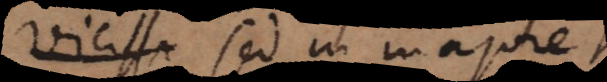
Vicissi Sed in majore